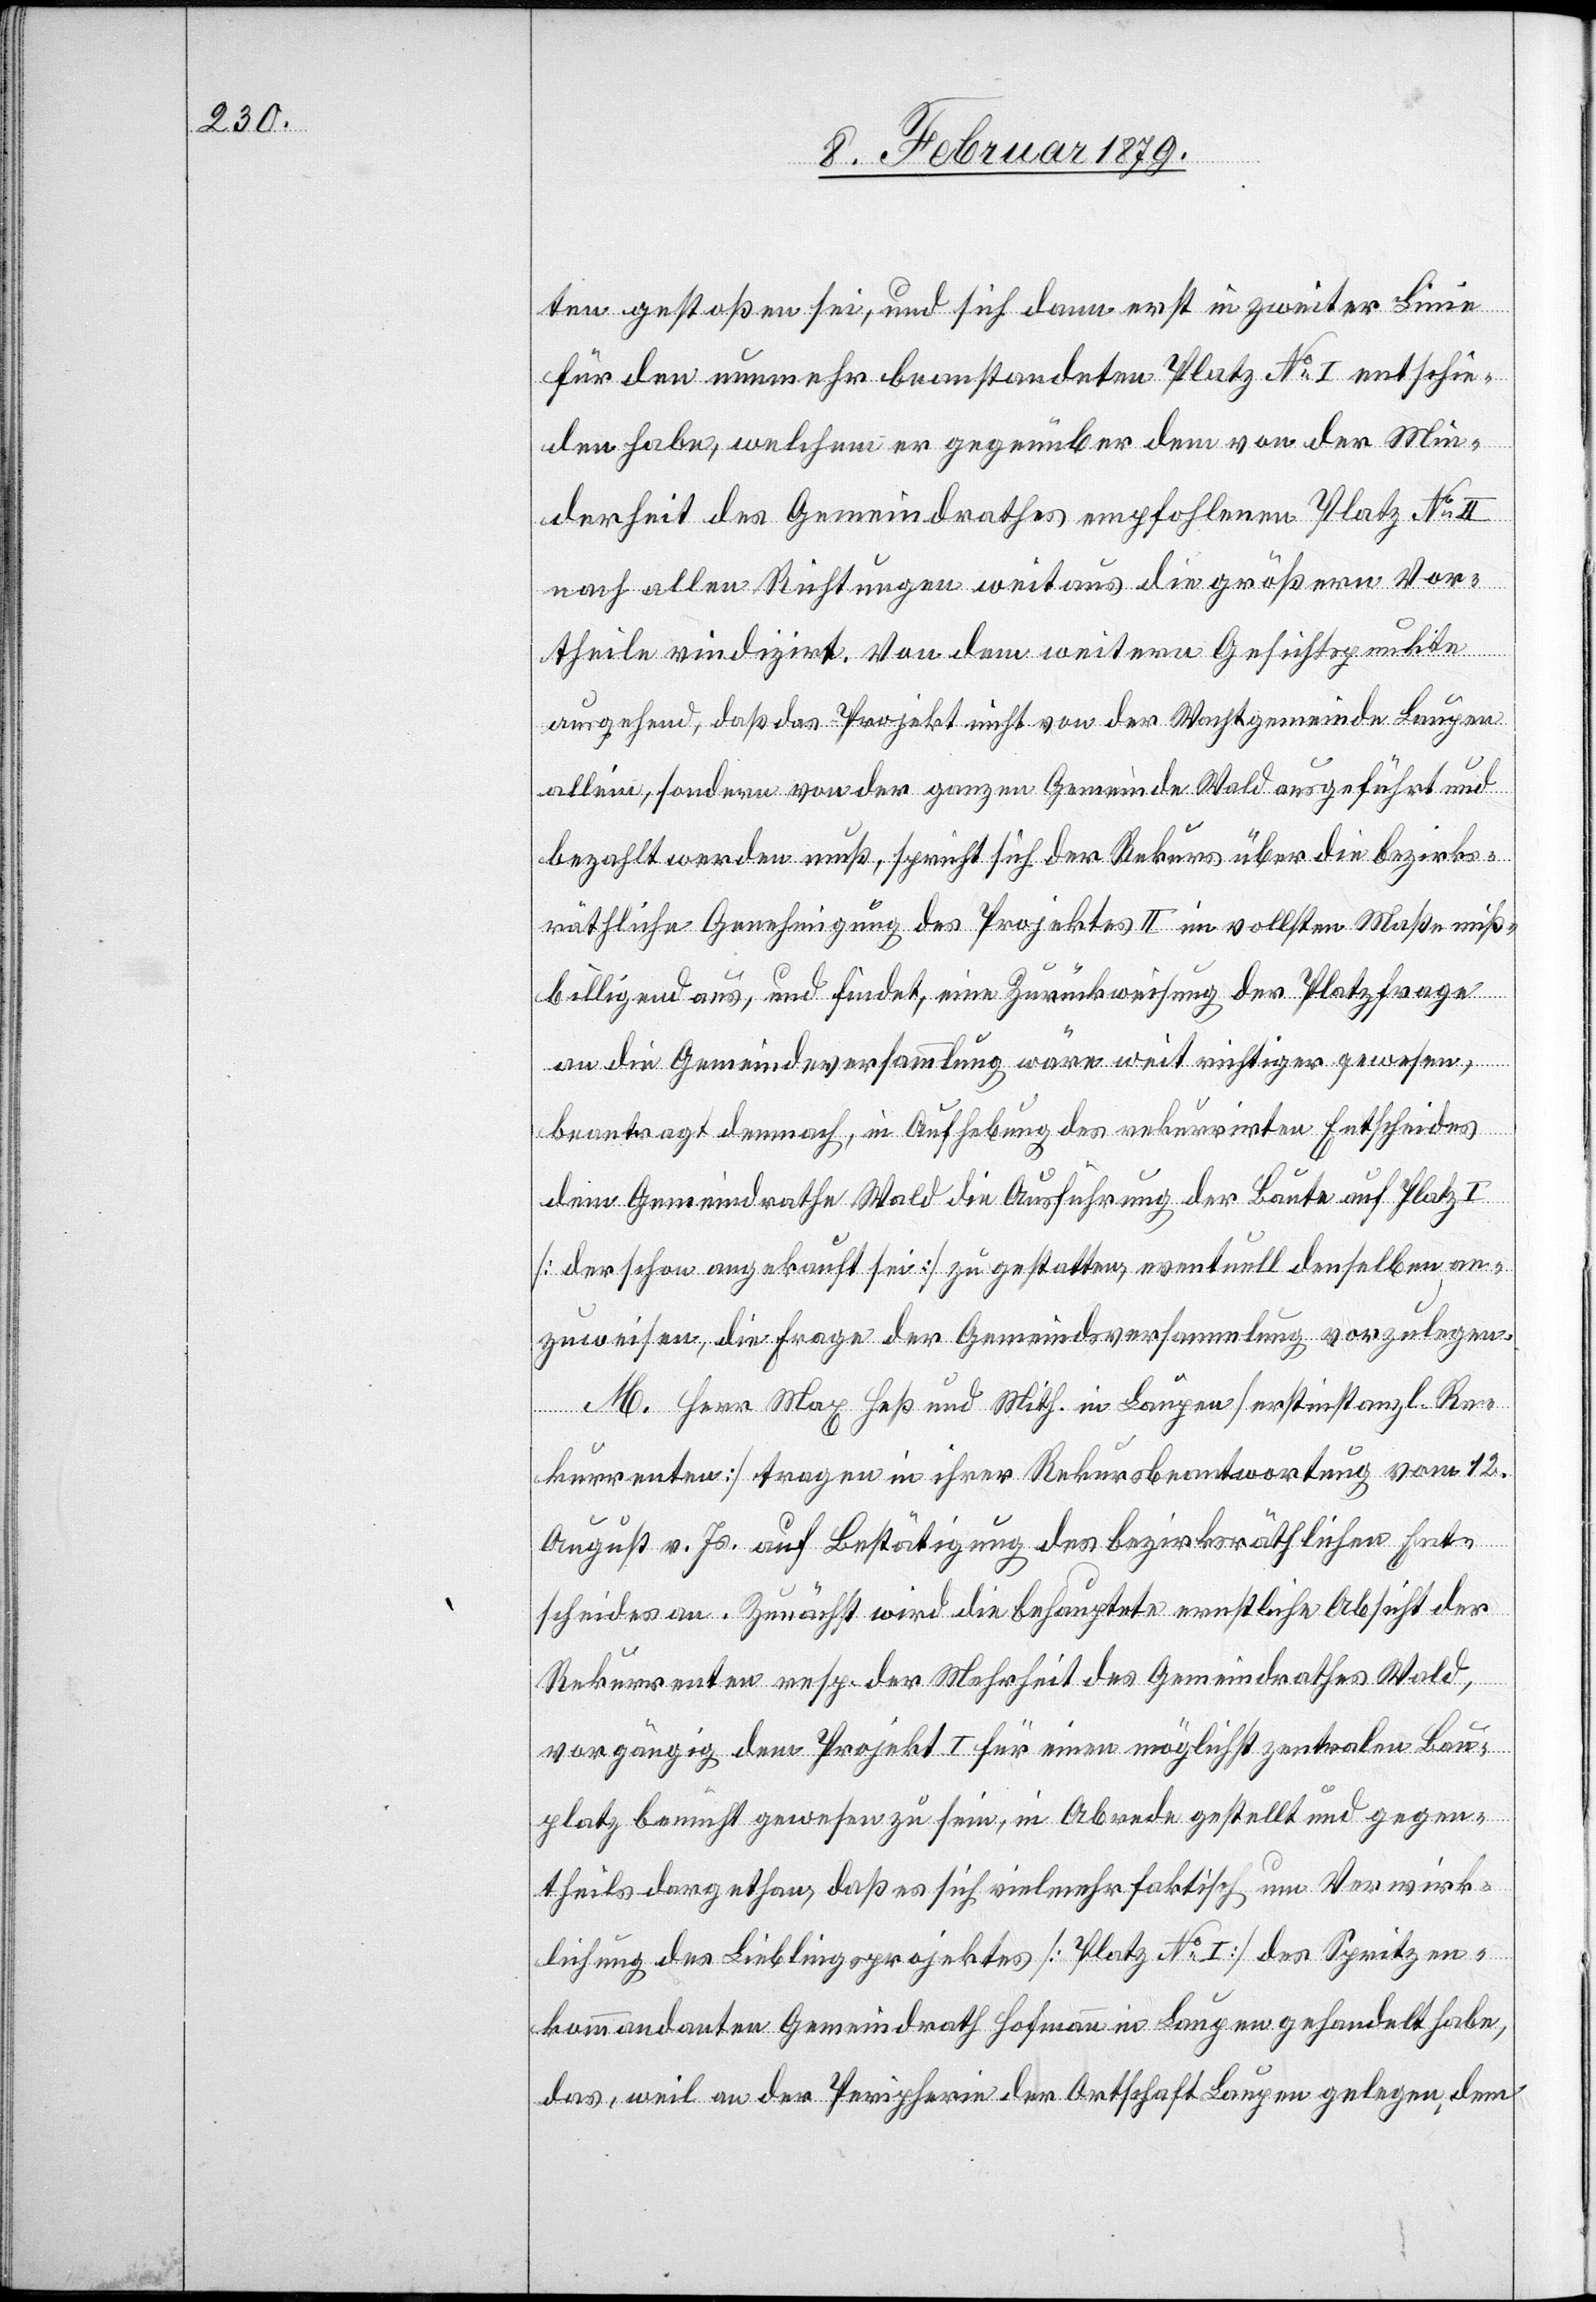
ten gestoßen sei, und sich dann erst in zweiter Linie
für den nunmehr beanstandeten Platz No I entschie¬
den habe, welchem er gegenüber dem von der Min¬
derheit des Gemeindrathes empfohlenen Platz No II
nach allen Richtungen weitaus die größern Vor¬
theile vindizirt. Von dem weitern Gesichtspunkte
ausgehend, daß das Projekt nicht von der Wachtgemeinde Laupen
allein, sondern von der ganzen Gemeinde Wald ausgeführt und
bezahlt werden muß, spricht sich der Rekurs über die bezirks¬
räthliche Genehmigung des Projektes II im vollsten Maße miß¬
billigend aus, und findet, eine Zurückweisung der Platzfrage
an die Gemeindeversammlung wäre weit richtiger gewesen,
beantragt demnach, in Aufhebung des rekurrirten Entscheides
dem Gemeindrathe Wald die Ausführung der Baute auf Platz I
[der schon angekauft sei] zu gestatten, eventuell denselben an¬
zuweisen, die Frage der Gemeindsversammlung vorzulegen.
M. Herr Max Heß und Mith. in Laupen [erstinstanzl. Re¬
kurrenten] tragen in ihrer Rekursbeantwortung vom 12.
August v. Js. auf Bestätigung des bezirksräthlichen Ent¬
scheides an. Zunächst wird die behauptete ernstliche Absicht der
Rekurrenten resp. der Mehrheit des Gemeindrathes Wald,
vorgängig dem Projekt I für einen möglichst zentralen Bau¬
platz bemüht gewesen zu sein, in Abrede gestellt und gegen¬
theils dargethan, daß es sich vielmehr faktisch um Verwirk¬
lichung des Lieblingsprojektes [Platz No I] des Spritzen¬
kommandanten Gemeindrath Hofmann in Laupen gehandelt habe,
das, weil an der Peripherie der Ortschaft Laupen gelegen, dem